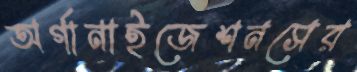
অর্গানাইজেশনসের